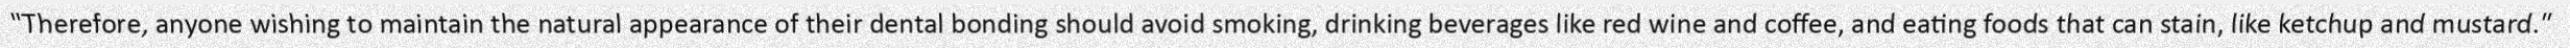
"Therefore, anyone wishing to maintain the natural appearance of their dental bonding should avoid smoking, drinking beverages like red wine and coffee, and eating foods that can stain, like ketchup and mustard."